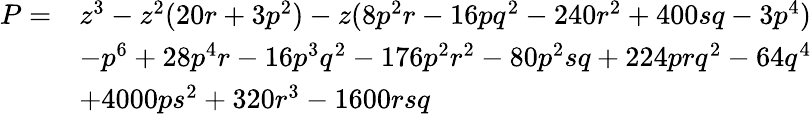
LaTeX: {\begin{array}{rl}{P=}&{z^{3}-z^{2}(20r+3p^{2})-z(8p^{2}r-16pq^{2}-240r^{2}+400sq-3p^{4})}\\ &{-p^{6}+28p^{4}r-16p^{3}q^{2}-176p^{2}r^{2}-80p^{2}sq+224prq^{2}-64q^{4}}\\ &{+4000ps^{2}+320r^{3}-1600rsq}\end{array}}